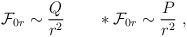
LaTeX: \begin{align*}{\cal F}_{0r}\sim {Q\over r^2}\qquad *{\cal F}_{0r}\sim {P\over r^2}\ ,\end{align*}